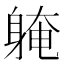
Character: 𨉚